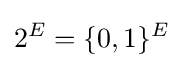
2^{E}=\{0,1\}^{E}